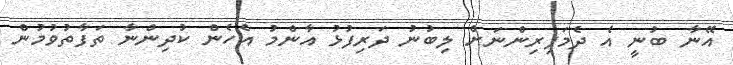
އޭނާ ބުނީ އެ ދެމަފިރިންނަށް ލިބުނު ދަރިފުޅު އާންމު އެހެން ކުދިންނާ ތަފާތުވުމުން